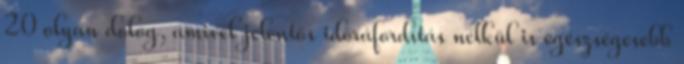
20 olyan dolog, amivel jelentős időráfordítás nélkül is egészségesebb